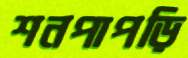
শনপাপড়ি